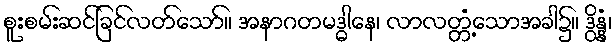
စူးစမ်းဆင်ခြင်လတ်သော်။ အနာဂတမဒ္ဓါနေ၊ လာလတ္တံ့သောအခါ၌။ ဒွိန္နံ၊